Reports on dispensaries and lunatic asylums in the Province of Oudh - 1869-1876
Year: 1869
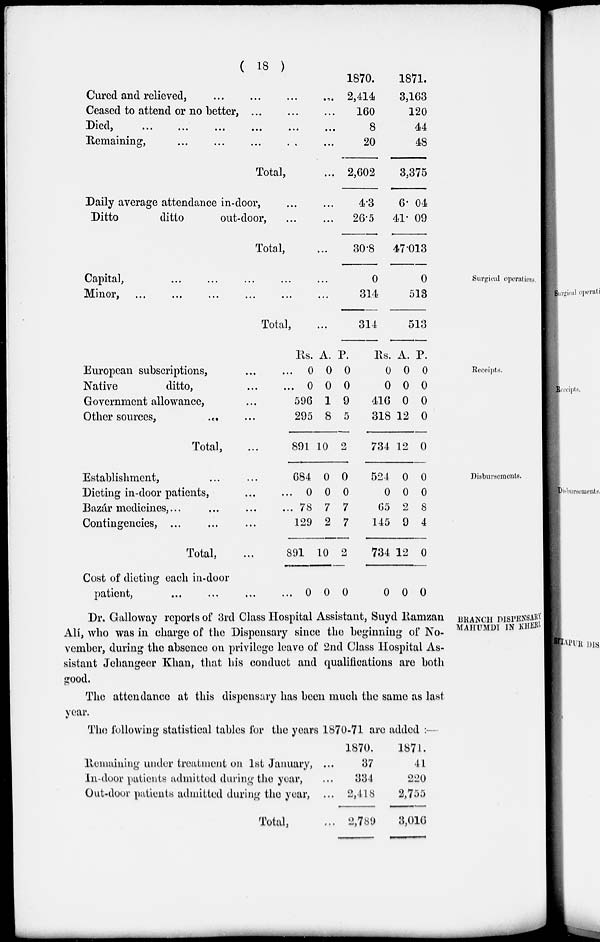
( 18 )
Cured and relieved, ... ... ... ...
Ceased to attend or no better, ... ... ...
Died,
...
...
...
...
...
...
Remaining,
...
...
...
...
...
Total, ...
Daily average attendance in-door,
...
...
Ditto
ditto
out-door, ... ...
Total, ...
1870.
2,414
160
8
20
2,602
4.3
26.5
30.8
1871.
3,163
120
44
48
3,375
6.04
41.09
47.013
Surgical operations.
Capital,
...
...
...
...
...
Minor,
...
...
...
...
...
Total, ...
0
314
314
0
513
513
Receipts.
European subscriptions, ... ...
Native
ditto, ... ...
Government allowance, ...
Other sources,
... ...
Total, ...
Rs.
0
0
596
295
891
A.
0
0
1
8
10
P.
0
0
9
5
2
Rs.
0
0
416
318
734
A.
0
0
0
12
12
P.
0
0
0
0
0
Disbursements.
Establishment, ... ...
Dieting in-door patients, ... ...
Bazár medicines, ... ... ... ...
Contingencies, ... ... ...
Total, ...
Cost of dieting each in-door
patient, ... ... ... ...
684
0
78
129
891
0
0
0
7
2
10
0
0
0
7
7
2
0
524
0
65
145
734
0
0
0
2
9
12
0
0
0
8
4
0
0
BRANCH DISPENSARY
MAHUMDI IN KHERI.
Dr. Galloway reports of 3rd Class Hospital Assistant, Suyd Ramzan
Alí, who was in charge of the Dispensary since the beginning of No-
vember, during the absence on privilege leave of 2nd Class Hospital As-
sistant Jehangeer Khan, that his conduct and qualifications are both
good.
The attendance at this dispensary has been much the same as last
year.
The following statistical tables for the years 1870-71 are added :—
Remaining under treatment on 1st January, ...
In-door patients admitted during the year, ...
Out-door patients admitted during the year, ...
Total, ...
1870.
37
334
2,418
2,789
1871.
41
220
2,755
3,016